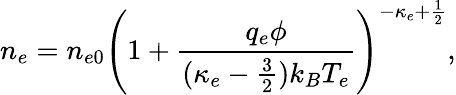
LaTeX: n_{e}=n_{e0}\left(1+\frac{q_{e}\phi}{(\kappa_{e}-\frac{3}{2})k_{B}T_{e}}\right)^{-\kappa_{e}+\frac{1}{2}},